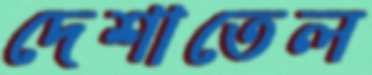
দেশাতেল